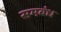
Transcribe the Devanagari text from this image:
समबंध